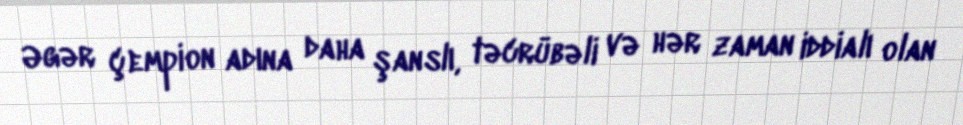
Əgər çempion adına daha şanslı, təcrübəli və hər zaman iddialı olan